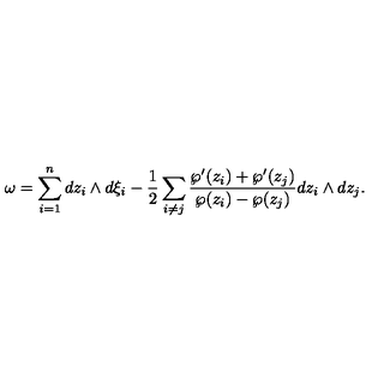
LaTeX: \omega = \sum _ { i = 1 } ^ { n } d z _ { i } \wedge d \xi _ { i } - \frac { 1 } { 2 } \sum _ { i \ne j } \frac { \wp ^ { \prime } ( z _ { i } ) + \wp ^ { \prime } ( z _ { j } ) } { \wp ( z _ { i } ) - \wp ( z _ { j } ) } d z _ { i } \wedge d z _ { j } .